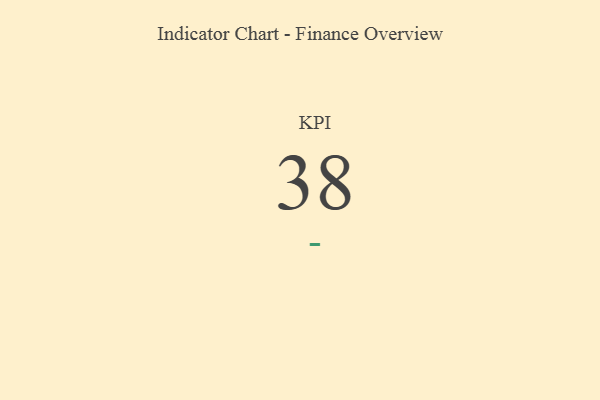
{"axis": {"x": "KPI", "y": "Value"}, "legend": [""], "data": [{"x": "KPI", "y": 38, "type": ""}]}